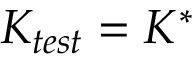
K _ { t e s t } = K ^ { * }